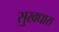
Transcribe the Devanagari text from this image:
सुखधारा